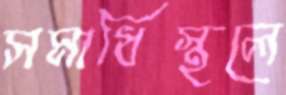
সমাধিস্থলে